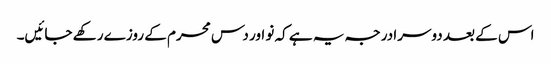
اس کے بعد دوسرا درجہ یہ ہے کہ نو اور دس محرم کے روزے رکھے جائیں۔